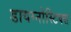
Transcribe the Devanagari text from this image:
डायग्नोस्टिक्स